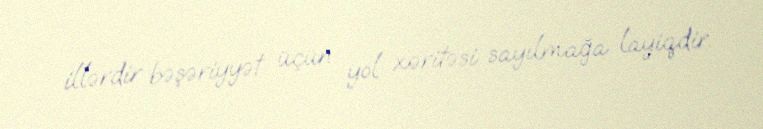
illərdir bəşəriyyət üçün yol xəritəsi sayılmağa layiqdir.